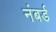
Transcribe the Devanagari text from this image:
नंबर्ड